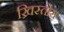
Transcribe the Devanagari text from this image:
ख्रिस्‍तोस